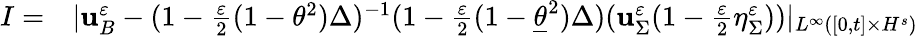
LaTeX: \begin{array}{rl}{I=}&{{}|\mathbf{u}_{B}^{\varepsilon}-(1-\frac{\varepsilon}{2}(1-\theta^{2})\Delta)^{-1}(1-\frac{\varepsilon}{2}(1-\underline{{\theta}}^{2})\Delta)(\mathbf{u}_{\Sigma}^{\varepsilon}(1-\frac{\varepsilon}{2}\eta_{\Sigma}^{\varepsilon}))|_{L^{\infty}([0,t]\times H^{s})}}\end{array}